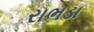
રાભડા